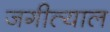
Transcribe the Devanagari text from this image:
जगीत्याल